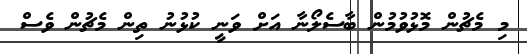
މި މެޗުން މޮޅުވުމުން ބާސެލޯނާ އަށް ވަނީ ކުޅުނު ތިން މެޗުން ވެސް